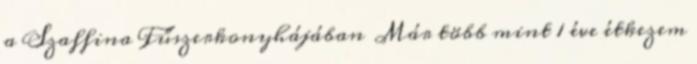
a Szaffina Fűszerkonyhájában Már több mint 1 éve étkezem